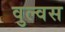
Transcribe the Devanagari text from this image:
वुल्वस